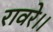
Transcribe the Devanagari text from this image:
रावरे।।